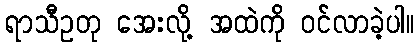
ရာသီဥတု အေးလို့ အထဲကို ဝင်လာခဲ့ပါ။